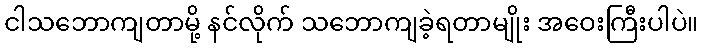
ငါသဘောကျတာမို့ နင်လိုက် သဘောကျခဲ့ရတာမျိုး အဝေးကြီးပါပဲ။